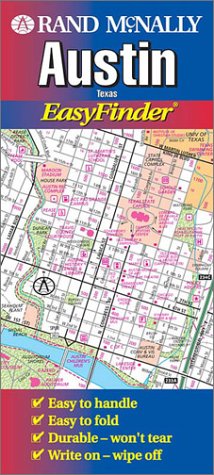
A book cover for Rand McNally Austin, Texas: Easyfinder Laminated Map; Rand McNally; Travel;